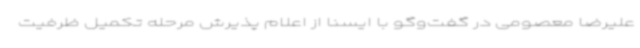
علیرضا معصومی در گفت‌وگو با ایسنا از اعلام پذیرش مرحله تکمیل ظرفیت